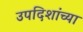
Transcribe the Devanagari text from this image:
उपदिशांच्या